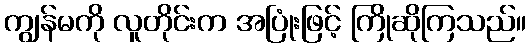
ကျွန်မကို လူတိုင်းက အပြုံးဖြင့် ကြိုဆိုကြသည်။